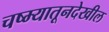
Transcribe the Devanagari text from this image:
चष्म्यातूनदेखील